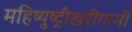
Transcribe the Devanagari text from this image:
महिष्युष्ट्रीखरीगामी